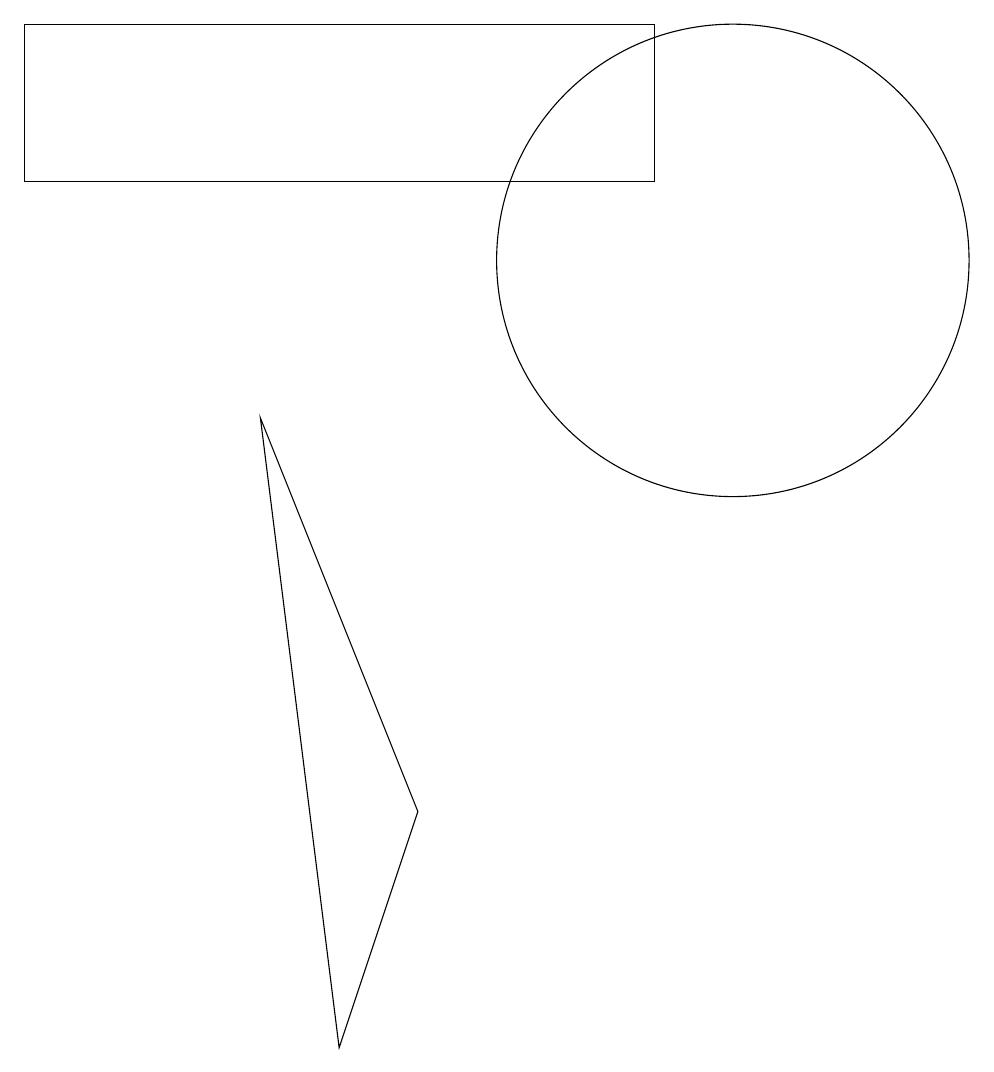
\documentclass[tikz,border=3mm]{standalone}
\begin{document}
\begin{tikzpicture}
\draw (10,10) circle (3);
\draw (4,8) -- (5,0) -- (6,3) -- cycle;
\draw (1,11) rectangle (9,13);
\draw (10,11) circle (0);
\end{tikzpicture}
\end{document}